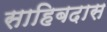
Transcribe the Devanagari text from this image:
साहिबदास